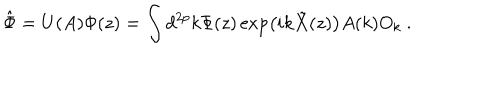
LaTeX: \hat { \Phi } = U ( A ) \Phi ( z ) = \int d ^ { 2 p } k \Phi ( z ) \exp \left( i k \tilde { X } ( z ) \right) A ( k ) O _ { k } \ .